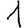
Digit: 1